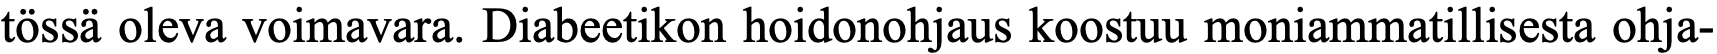
tössä oleva voimavara. Diabeetikon hoidonohjaus koostuu moniammatillisesta ohja-